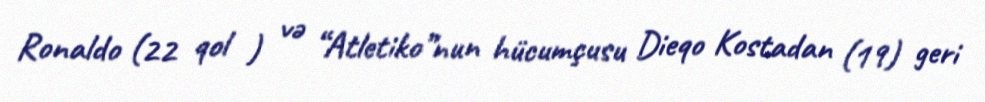
Ronaldo (22 qol ) və “Atletiko”nun hücumçusu Dieqo Kostadan (19) geri